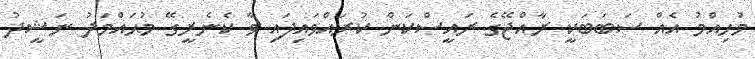
މުހިއްމު އެއް ސަބަބަކީ ރާއްޖޭގެ ރައީސްކަން ކުރައްވައިފައި ވާ ކެނެރީގޭ މުޙައްމަދު ނަޝީދު